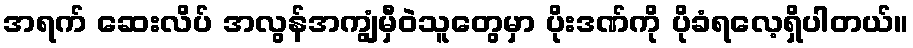
အရက် ဆေးလိပ် အလွန်အကျွံမှီဝဲသူတွေမှာ ပိုးဒဏ်ကို ပိုခံရလေ့ရှိပါတယ်။